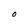
Character: 0